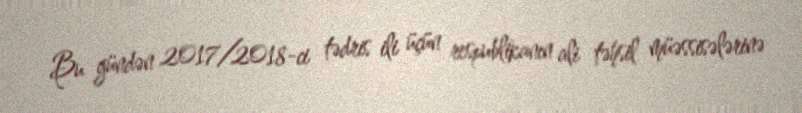
Bu gündən 2017/2018-ci tədris ili üçün respublikanın ali təhsil müəssisələrinə